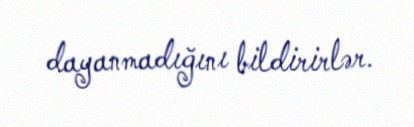
dayanmadığını bildirirlər.